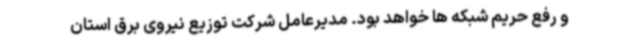
و رفع حریم شبکه ها خواهد بود. مدیرعامل شرکت توزیع نیروی برق استان